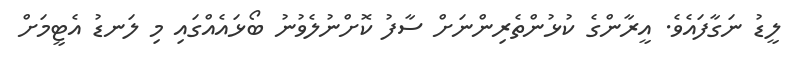
ލީޑު ނަގާފައެވެ. އީރާންގެ ކުޅުންތެރިންނަށް ސާފު ކޮށްނުލެވުނު ބޯޅައެއްގައި މި ލަނޑު އެޓީމަށް